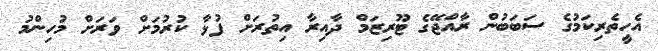
އެހީތެރިކަމުގެ ސަބަބުން ރާއްޖޭގެ ޓޫރިޒަމް ދާއިރާ އިތުރަށް ފުޅާ ކުރުމަށް ވަރަށް މުހިންމު